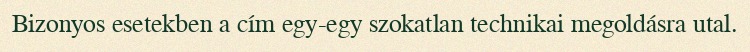
Bizonyos esetekben a cím egy-egy szokatlan technikai megoldásra utal.